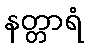
နတ္တာရံ